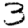
Digit: 3